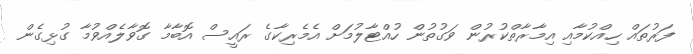
ފަރުތައް ހިއްކުމާއި އިމާރާތްކުރުން ވަގުތުން ހުއްޓާލުމަށް އެމެރިކާގެ ރައީސް އޮބާމާ ގޮވާލެއްވުމާ ގުޅިގެން